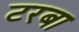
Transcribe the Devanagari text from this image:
टरबा